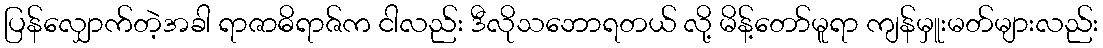
ပြန်လျှောက်တဲ့အခါ ရာဇာဓိရာဇ်က ငါလည်း ဒီလိုသဘောရတယ် လို့ မိန့်တော်မူရာ ကျန်မှူးမတ်များလည်း